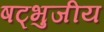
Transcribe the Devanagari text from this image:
षट्भुजीय